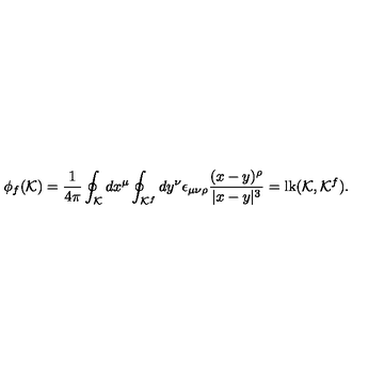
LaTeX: \phi _ { f } ( { \cal K } ) = { \frac { 1 } { 4 \pi } } \oint _ { \cal K } d x ^ { \mu } \oint _ { { \cal K } ^ { f } } d y ^ { \nu } \epsilon _ { \mu \nu \rho } { \frac { ( x - y ) ^ { \rho } } { | x - y | ^ { 3 } } } = \mathrm { l k } ( { \cal K } , { \cal K } ^ { f } ) .